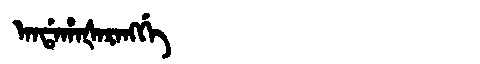
Manchu: ᠠᠨᡩᠠᡥᠠᡧᠠᡵᠠᠩᡤᡝ
Romanization: ANDAHAŠARANGGE